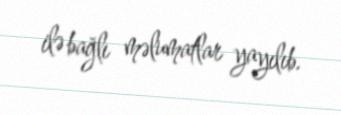
ilə bağlı məlumatlar yayılıb.